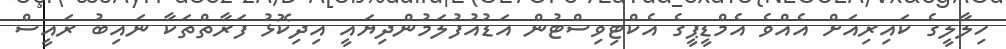
ހިލާލީގެ ކައިރިއަށް އެއްވެ އެމްޑީޕީގެ އެކްޓިވިސްޓުން އަޑުއުފުލަމުންދިޔައީ އިދިކޮޅު ފަރާތްތަކާ ނައިބު ރައީސް